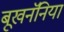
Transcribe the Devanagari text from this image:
बूखनॅनिया